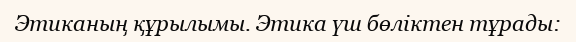
Этиканың құрылымы. Этика үш бөліктен тұрады: